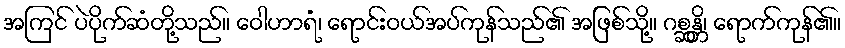
အကြင် ပဲပိုက်ဆံတို့သည်။ ဝေါဟာရံ၊ ရောင်းဝယ်အပ်ကုန်သည်၏ အဖြစ်သို့။ ဂစ္ဆန္တိ၊ ရောက်ကုန်၏။